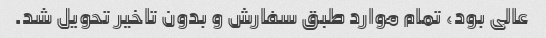
عالی بود، تمام موارد طبق سفارش و بدون تاخیر تحویل شد.